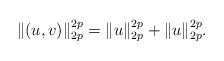
LaTeX: \begin{align*}\|(u,v)\|_{2p}^{2p}=\|u\|_{2p}^{2p}+\|u\|_{2p}^{2p}.\end{align*}